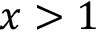
x > 1